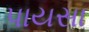
પાયસા